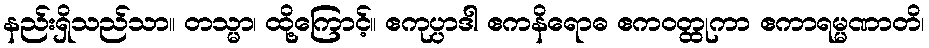
နည်းရှိသည်သာ။ တသ္မာ၊ ထို့ကြောင့်။ ဧကုပ္ပာဒါ ဧကနိရောဓ ဧကဝတ္ထုကာ ဧကာရမ္မဏာတိ၊